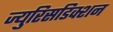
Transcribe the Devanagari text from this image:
ज्युरिसडिक्शन